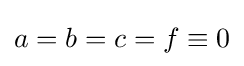
a=b=c=f\equiv 0